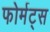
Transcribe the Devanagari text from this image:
फोर्मट्स